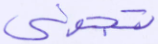
تجزي